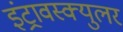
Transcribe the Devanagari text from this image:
इंट्रावस्क्युलर